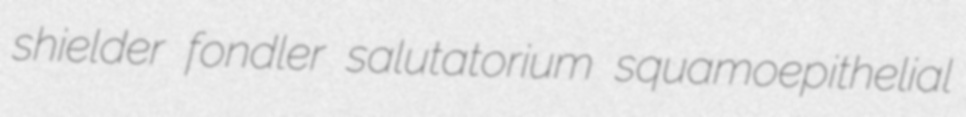
shielder fondler salutatorium squamoepithelial